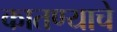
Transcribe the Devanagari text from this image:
कातण्याचे